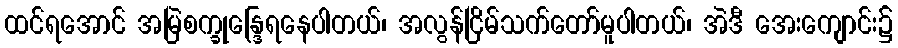
ထင်ရအောင် အမြဲစက္ခုန္ဒြေရနေပါတယ်၊ အလွန်ငြိမ်သက်တော်မူပါတယ်၊ အဲဒီ အေးကျောင်း၌